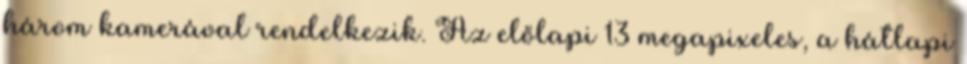
három kamerával rendelkezik. Az előlapi 13 megapixeles, a hátlapi